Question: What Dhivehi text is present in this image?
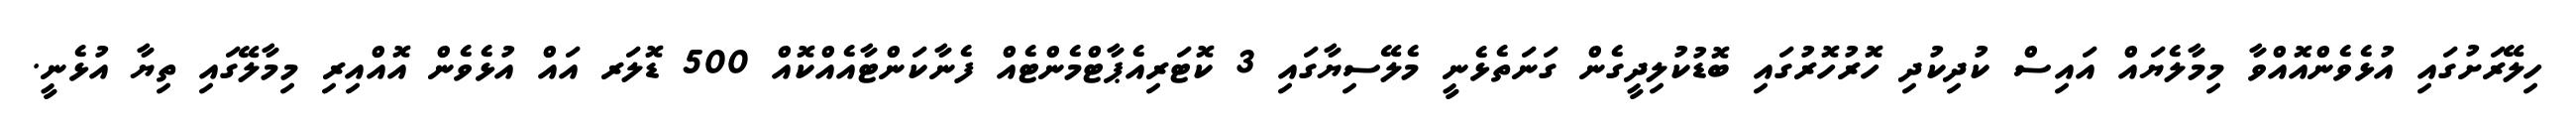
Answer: ހިލޭރަށުގައި އުޅެވެންއޮއްވާ މިމާލެޔައް އައިސް ކުދިކުދި ހޮރުހޮރުގައި ބޮޑުކުލިދީގެން ގަނަތެޅެނީ މެލޭސިޔާގައި 3 ކޮޓަރިއެޕާޓްމެންޓެއް ފެނާކަންޓާއެއްކޮއް 500 ޑޮލަރ އައް އުޅެވެން އޮއްއިރި މިމާލޭގައި ތިޔާ އުޅެނީ.